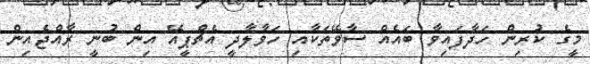
މީގެ ކުރިން ހަދާފައިވާ ބައެއް ސާވޭތަކާއި ހަވާލާދީ އެޗްޕީއޭ އިން ބުނީ ރާއްޖެއިން